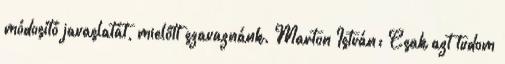
módosító javaslatát, mielőtt szavaznánk. Marton István: Csak azt tudom